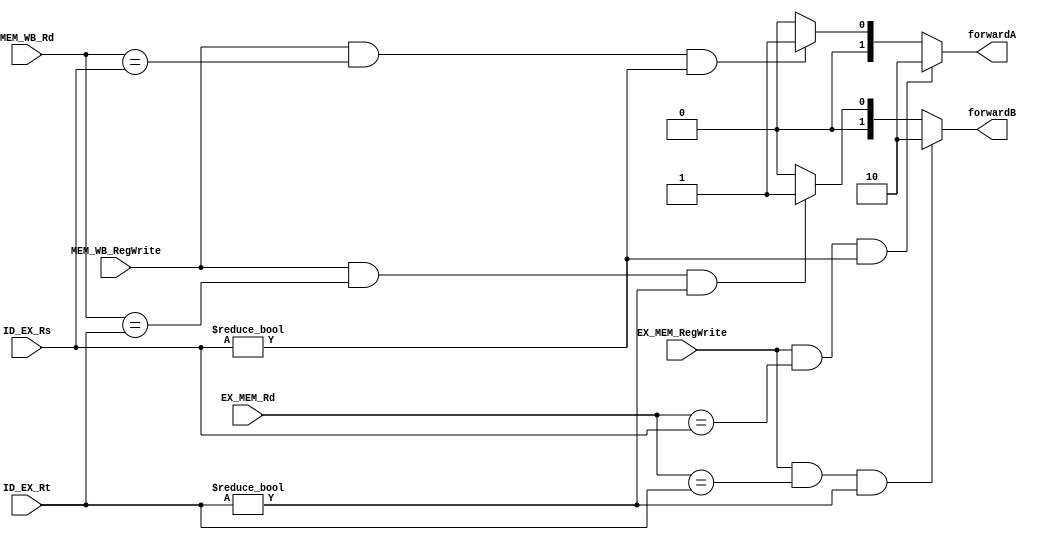
`timescale 1ns/1ns
module ForwardingUnit (EX_MEM_RegWrite, EX_MEM_Rd, MEM_WB_RegWrite, MEM_WB_Rd, ID_EX_Rt, ID_EX_Rs, forwardA, forwardB);
  input EX_MEM_RegWrite, MEM_WB_RegWrite;
  input[4:0] EX_MEM_Rd, MEM_WB_Rd, ID_EX_Rt, ID_EX_Rs; 
  output reg [1:0] forwardA, forwardB;
  always@(*) begin
    forwardA = 2'b00;
    forwardB = 2'b00;
    if (EX_MEM_RegWrite == 1 && EX_MEM_Rd == ID_EX_Rs && ID_EX_Rs != 0)
      forwardA = 2'b10;
    else if (MEM_WB_RegWrite == 1 && MEM_WB_Rd == ID_EX_Rs && ID_EX_Rs != 0)
      forwardA = 2'b01;
    if (EX_MEM_RegWrite == 1 && EX_MEM_Rd == ID_EX_Rt && ID_EX_Rt != 0)
      forwardB = 2'b10;
    else if (MEM_WB_RegWrite == 1 && MEM_WB_Rd == ID_EX_Rt && ID_EX_Rt != 0)
      forwardB = 2'b01;
  end
endmodule